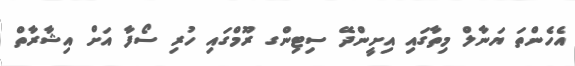
އެހެންތަ ޔަނާލް މިތާގައި އިށީންދޭ ސިޓިންގ ރޫމްގައި ހުރި ސޯފާ އަށް އިޝާރާތް